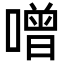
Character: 噌